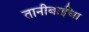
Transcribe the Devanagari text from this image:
तानीबाईंचा